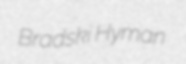
Bradski Hyman